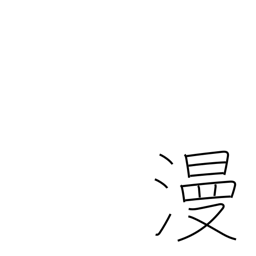
Meaning: in spite of oneself